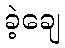
ခဲ့ချေ